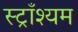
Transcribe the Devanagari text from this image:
स्ट्राँश्यम